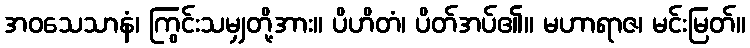
အဝသေသာနံ၊ ကြွင်းသမျှတို့အား။ ပိဟိတံ၊ ပိတ်အပ်၏။ မဟာရာဇ၊ မင်းမြတ်။